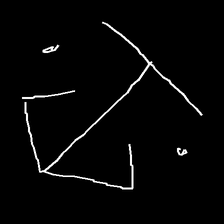
Glyph: earth